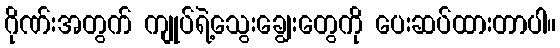
ဂိုဏ်းအတွက် ကျုပ်ရဲ့သွေးချွေးတွေကို ပေးဆပ်ထားတာပါ။